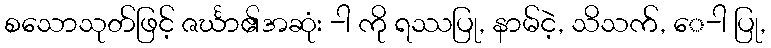
စသောသုတ်ဖြင့် ဇင်္ဃာ၏အဆုံး -ါ ကို ရဿပြု, နာမ်ငဲ့, သိသက်, ေ-ါ ပြု,